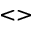
< >